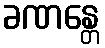
ခဏန္တေ